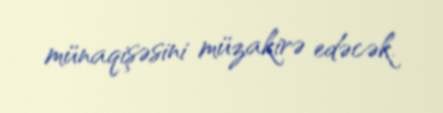
münaqişəsini müzakirə edəcək.